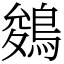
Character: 鵕